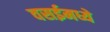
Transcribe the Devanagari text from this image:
वसईमध्ये